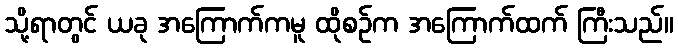
သို့ရာတွင် ယခု အကြောက်ကမူ ထိုစဉ်က အကြောက်ထက် ကြီးသည်။